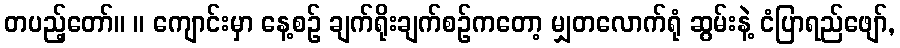
တပည့်တော်။ ။ ကျောင်းမှာ နေ့စဉ် ချက်ရိုးချက်စဉ်ကတော့ မျှတလောက်ရုံ ဆွမ်းနဲ့ ငံပြာရည်ဖျော်,